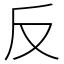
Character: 反